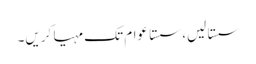
سستا لیں، سستا عوام تک مہیا کریں۔